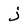
Character: j